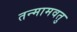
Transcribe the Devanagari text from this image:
तन्मामवतु